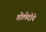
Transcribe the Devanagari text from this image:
तोलेदोने